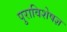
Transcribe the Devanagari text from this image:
पुराविशेषज्ञ